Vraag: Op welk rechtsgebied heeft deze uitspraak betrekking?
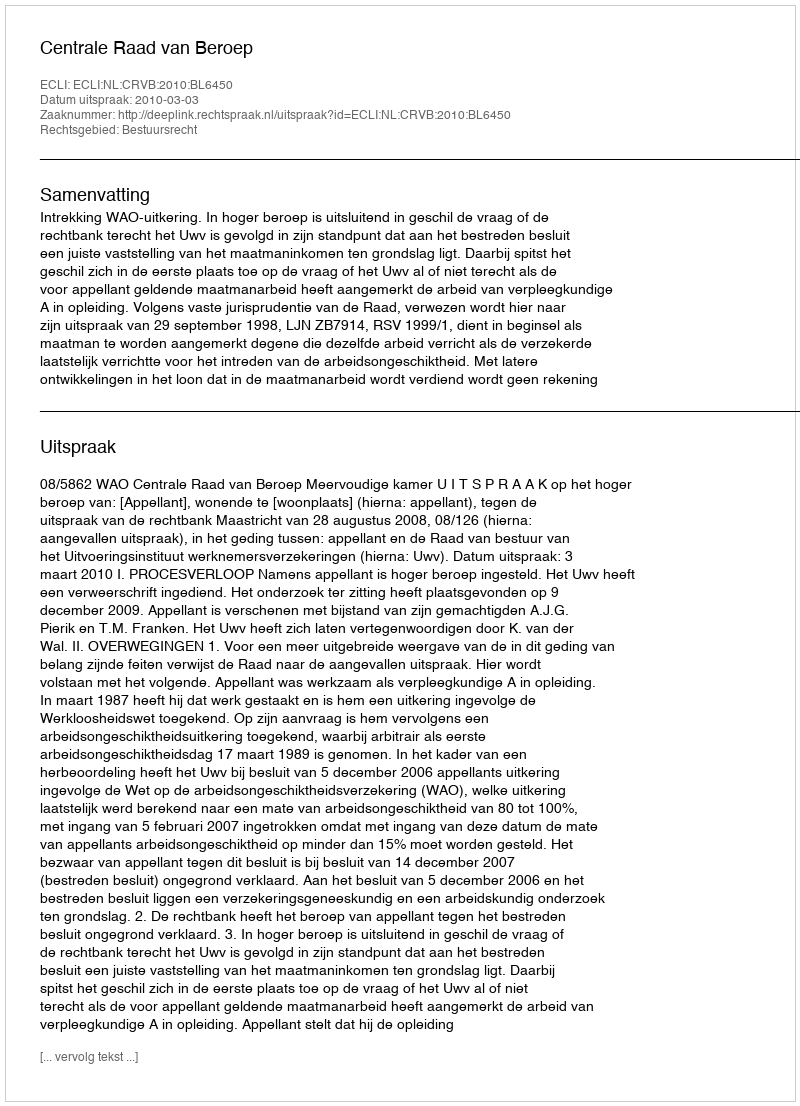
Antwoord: Bestuursrecht